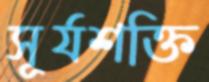
সূর্যশক্তি